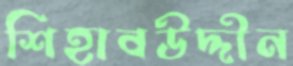
শিহাবউদ্দীন